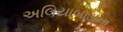
અલિયાબાડાના